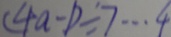
( 4 a - 1 ) = 7 \cdots 4